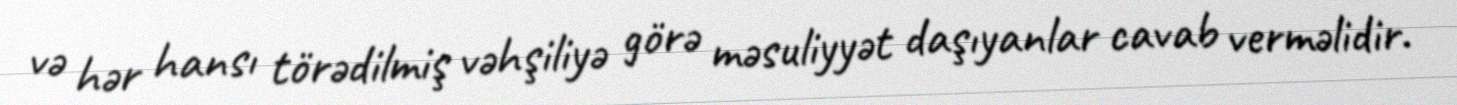
və hər hansı törədilmiş vəhşiliyə görə məsuliyyət daşıyanlar cavab verməlidir.